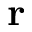
\mathbf { r }